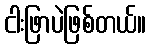
ငါးဖြာပဲဖြစ်တယ်။